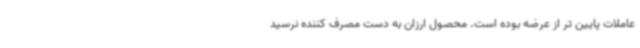
عاملات پایین تر از عرضه بوده است. محصول ارزان به دست مصرف کننده نرسید